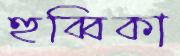
হুব্বিকা